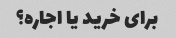
برای خرید یا اجاره؟